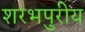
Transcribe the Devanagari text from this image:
शरभपुरीय